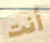
أنت